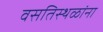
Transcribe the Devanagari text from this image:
वसतिस्थळांना